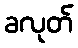
ခလုတ်